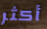
أكثر